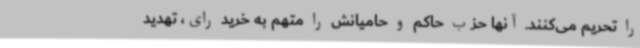
را تحریم می‌کنند. آنها حزب حاکم و حامیانش را متهم به خرید رای، تهدید